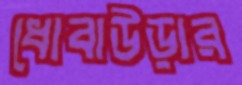
ধোবাউড়ার